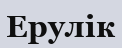
Ерулік